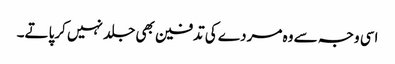
اسی وجہ سے وہ مردے کی تدفین بھی جلد نہیں کرپاتے۔